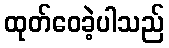
ထုတ်ဝေခဲ့ပါသည်